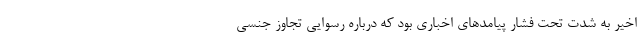
اخیر به شدت تحت فشار پیامدهای اخباری بود که درباره رسوایی تجاوز جنسی